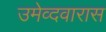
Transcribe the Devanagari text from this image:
उमेव्दवारास